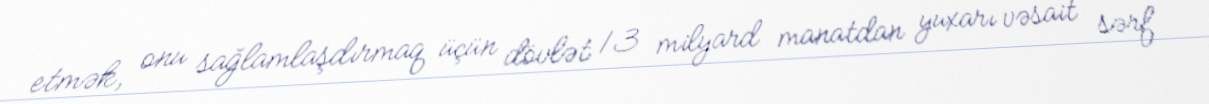
etmək, onu sağlamlaşdırmaq üçün dövlət 13 milyard manatdan yuxarı vəsait sərf